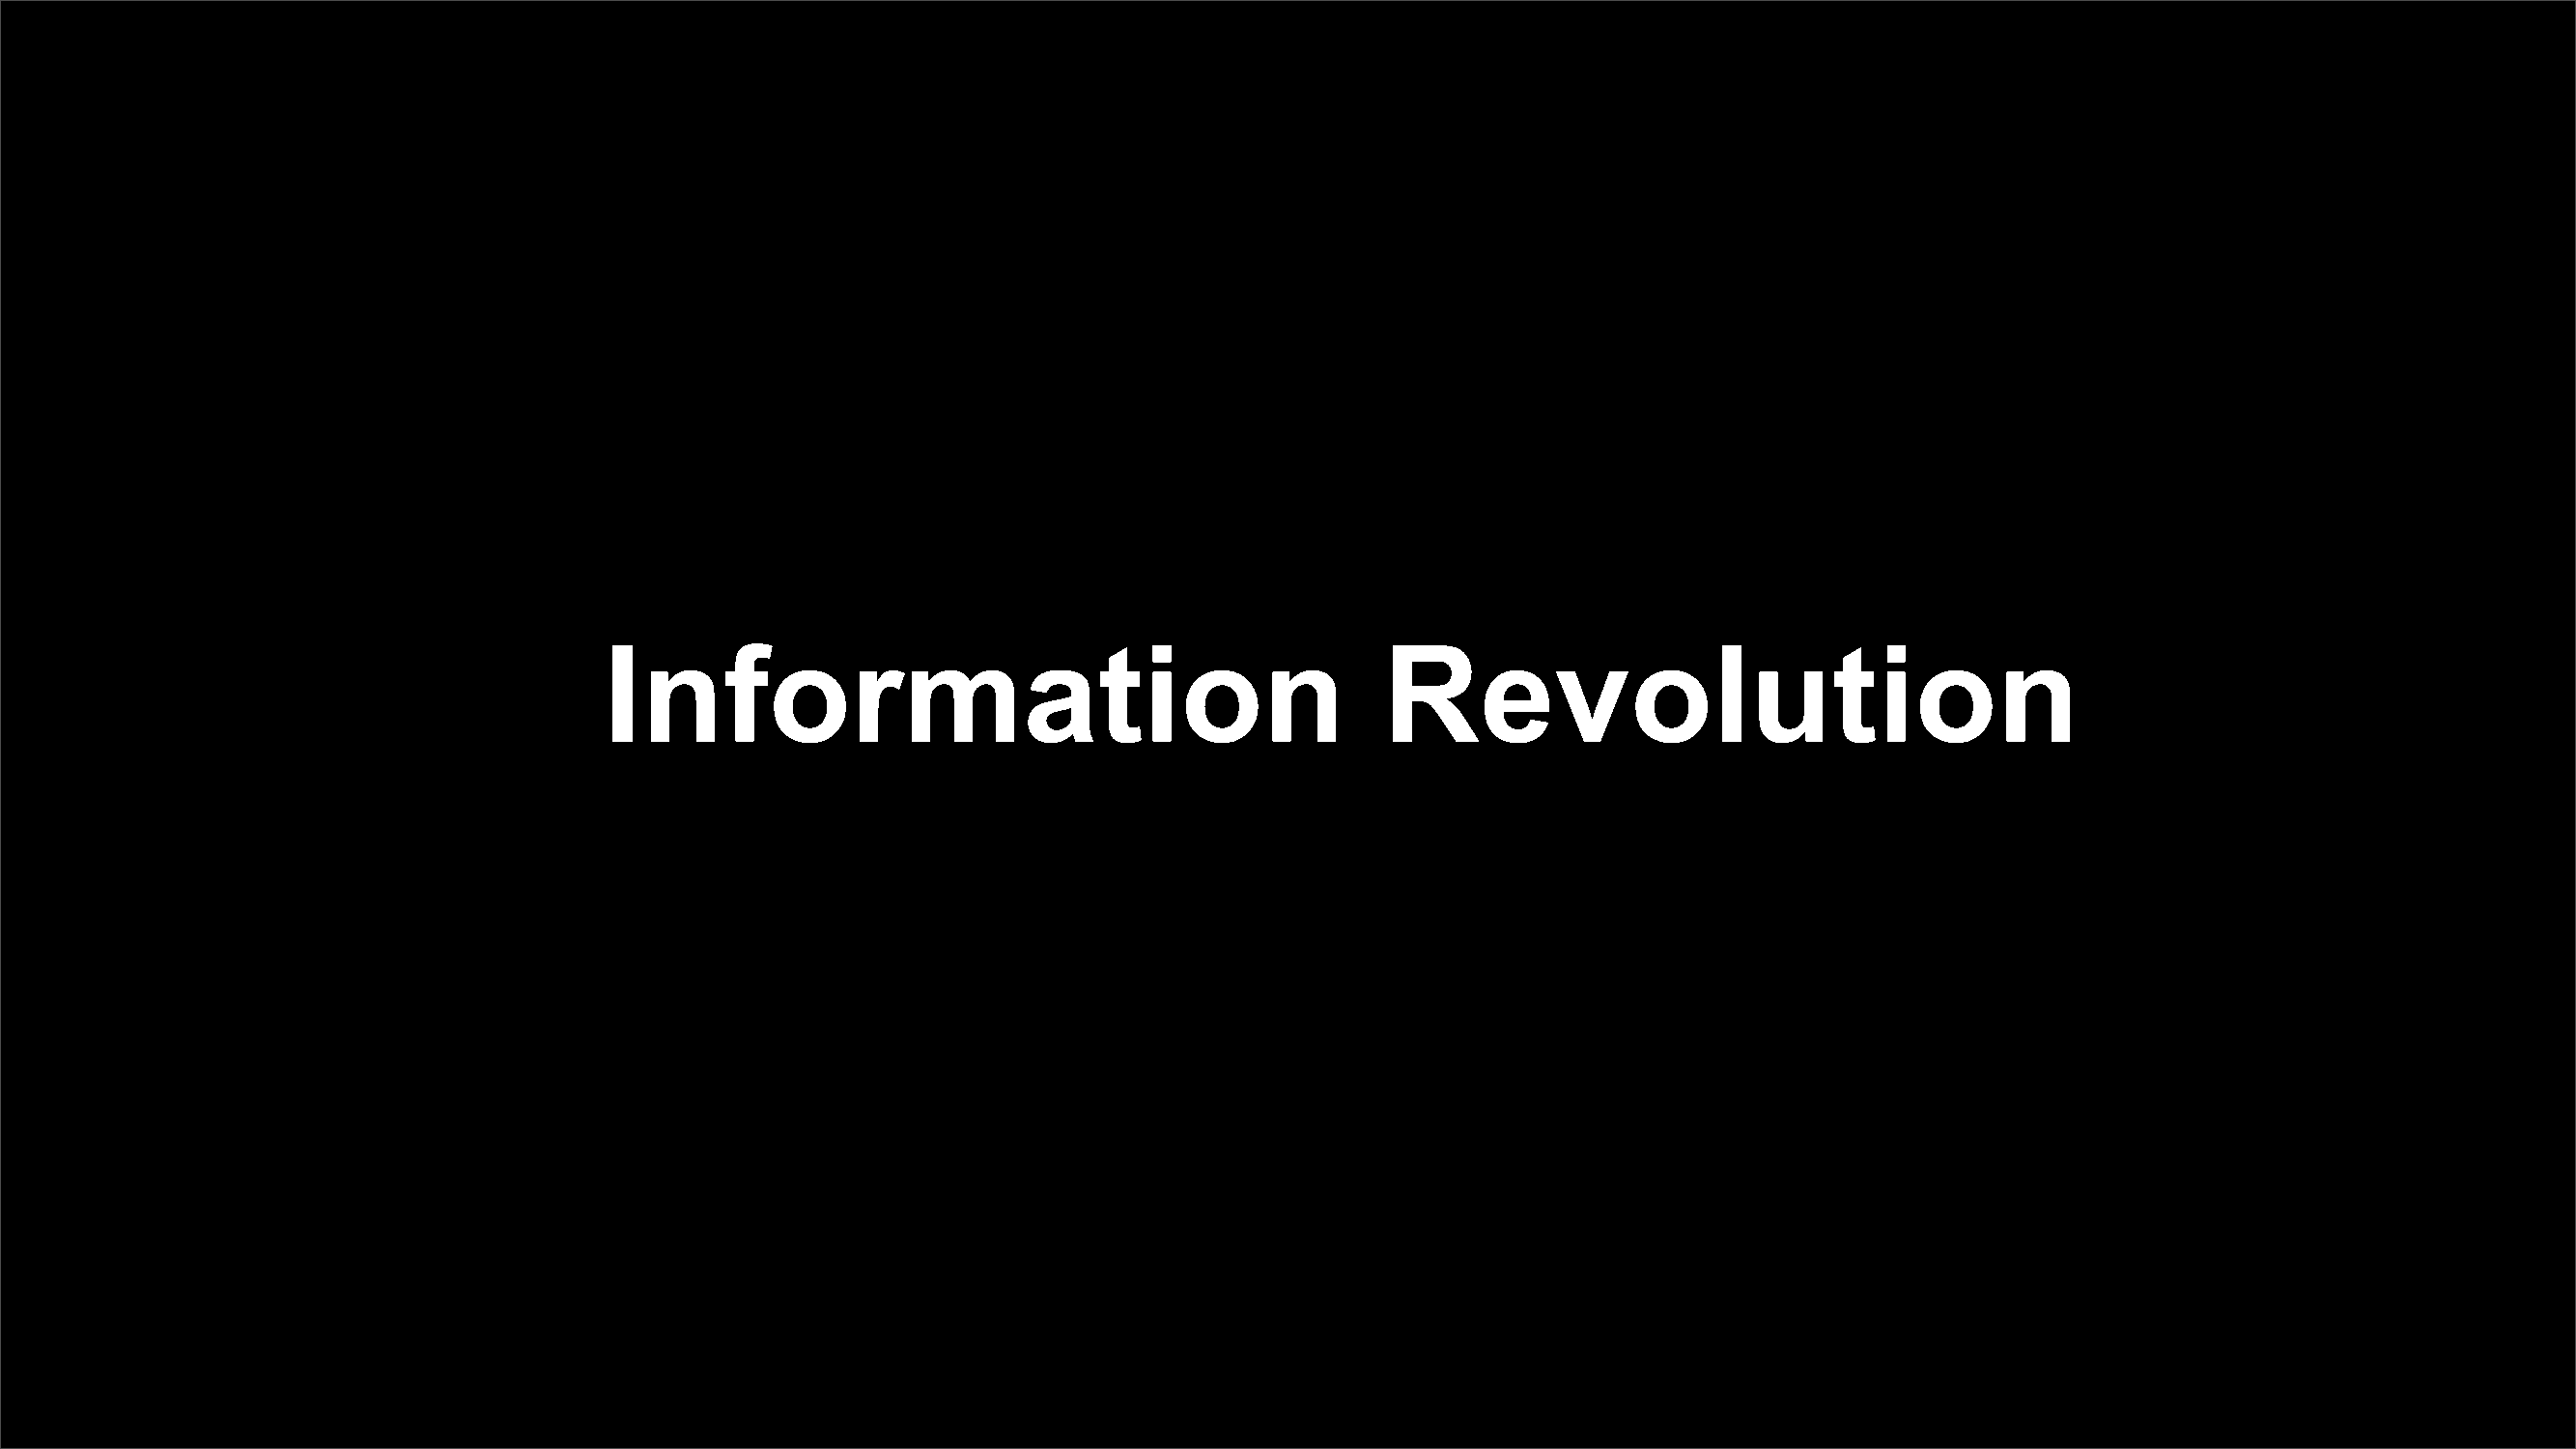
Information                                           Revolution